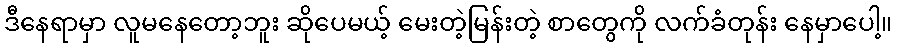
ဒီနေရာမှာ လူမနေတော့ဘူး ဆိုပေမယ့် မေးတဲ့မြန်းတဲ့ စာတွေကို လက်ခံတုန်း နေမှာပေါ့။